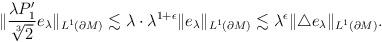
LaTeX: \begin{align*}\|\frac{\lambda P_1'}{\sqrt[3]{2}}e_\lambda\|_{L^1(\partial M)}&\lesssim\lambda\cdot\lambda^{1+\epsilon}\|e_\lambda\|_{L^1(\partial M)}\lesssim\lambda^\epsilon\|\triangle e_\lambda\|_{L^1(\partial M)}.\end{align*}